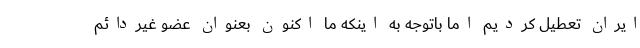
ایران تعطیل کردیم اما باتوجه به اینکه ما اکنون بعنوان عضو غیردائم